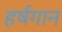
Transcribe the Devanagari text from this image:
हर्षगान